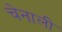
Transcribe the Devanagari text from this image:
चेनाली